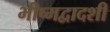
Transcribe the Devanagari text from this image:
भीष्मद्वादशी